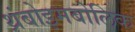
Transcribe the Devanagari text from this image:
थ्रंबोइमबोलिक